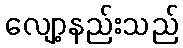
လျော့နည်းသည်